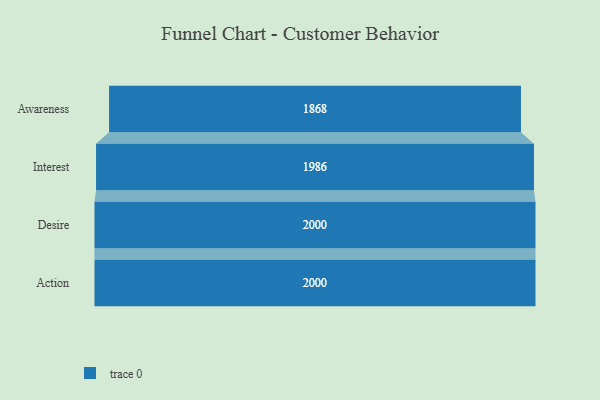
{"axis": {"x": "Stage", "y": "Value"}, "legend": [""], "data": [{"x": "Awareness", "y": 1868.0, "type": ""}, {"x": "Interest", "y": 1986.0, "type": ""}, {"x": "Desire", "y": 2000, "type": ""}, {"x": "Action", "y": 2000, "type": ""}]}